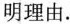
明理由.